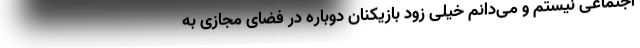
اجتماعی نیستم و می‌دانم خیلی زود بازیکنان دوباره در فضای مجازی به